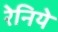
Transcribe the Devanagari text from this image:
रेनिये